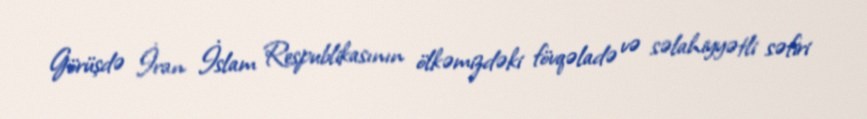
Görüşdə İran İslam Respublikasının ölkəmizdəki fövqəladə və səlahiyyətli səfiri